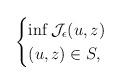
LaTeX: \begin{align*}\begin{cases}\inf \mathcal{J}_{\epsilon}(u,z)\\(u,z)\in S,\end{cases}\end{align*}